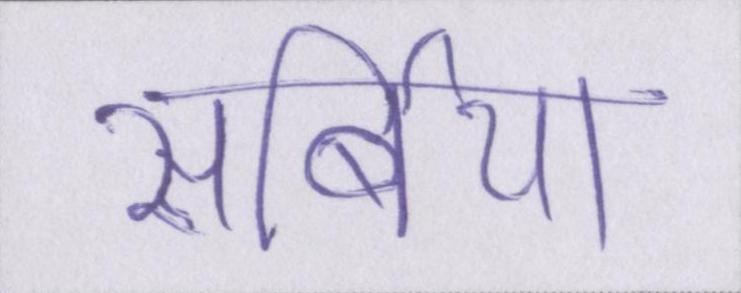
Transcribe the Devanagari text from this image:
सर्बिया